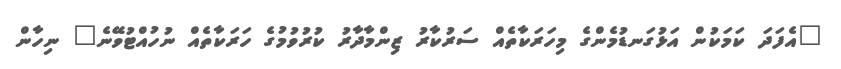
"އެފަދަ ކަމަކުން އަޅުގަނޑުމެންގެ މިހަރަކާތެއް ސަރުކާރު ޒިންމާދާރު ކުރުވުމުގެ ހަރަކާތެއް ނުހުއްޓުވޭނެ" ނިހާން